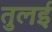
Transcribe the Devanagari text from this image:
तुलई